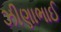
ઝીણાભાઈ